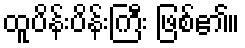
ထူပိန်းပိန်းကြီး ဖြစ်၏။